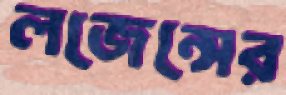
লজেন্সের